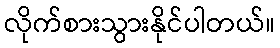
လိုက်စားသွားနိုင်ပါတယ်။